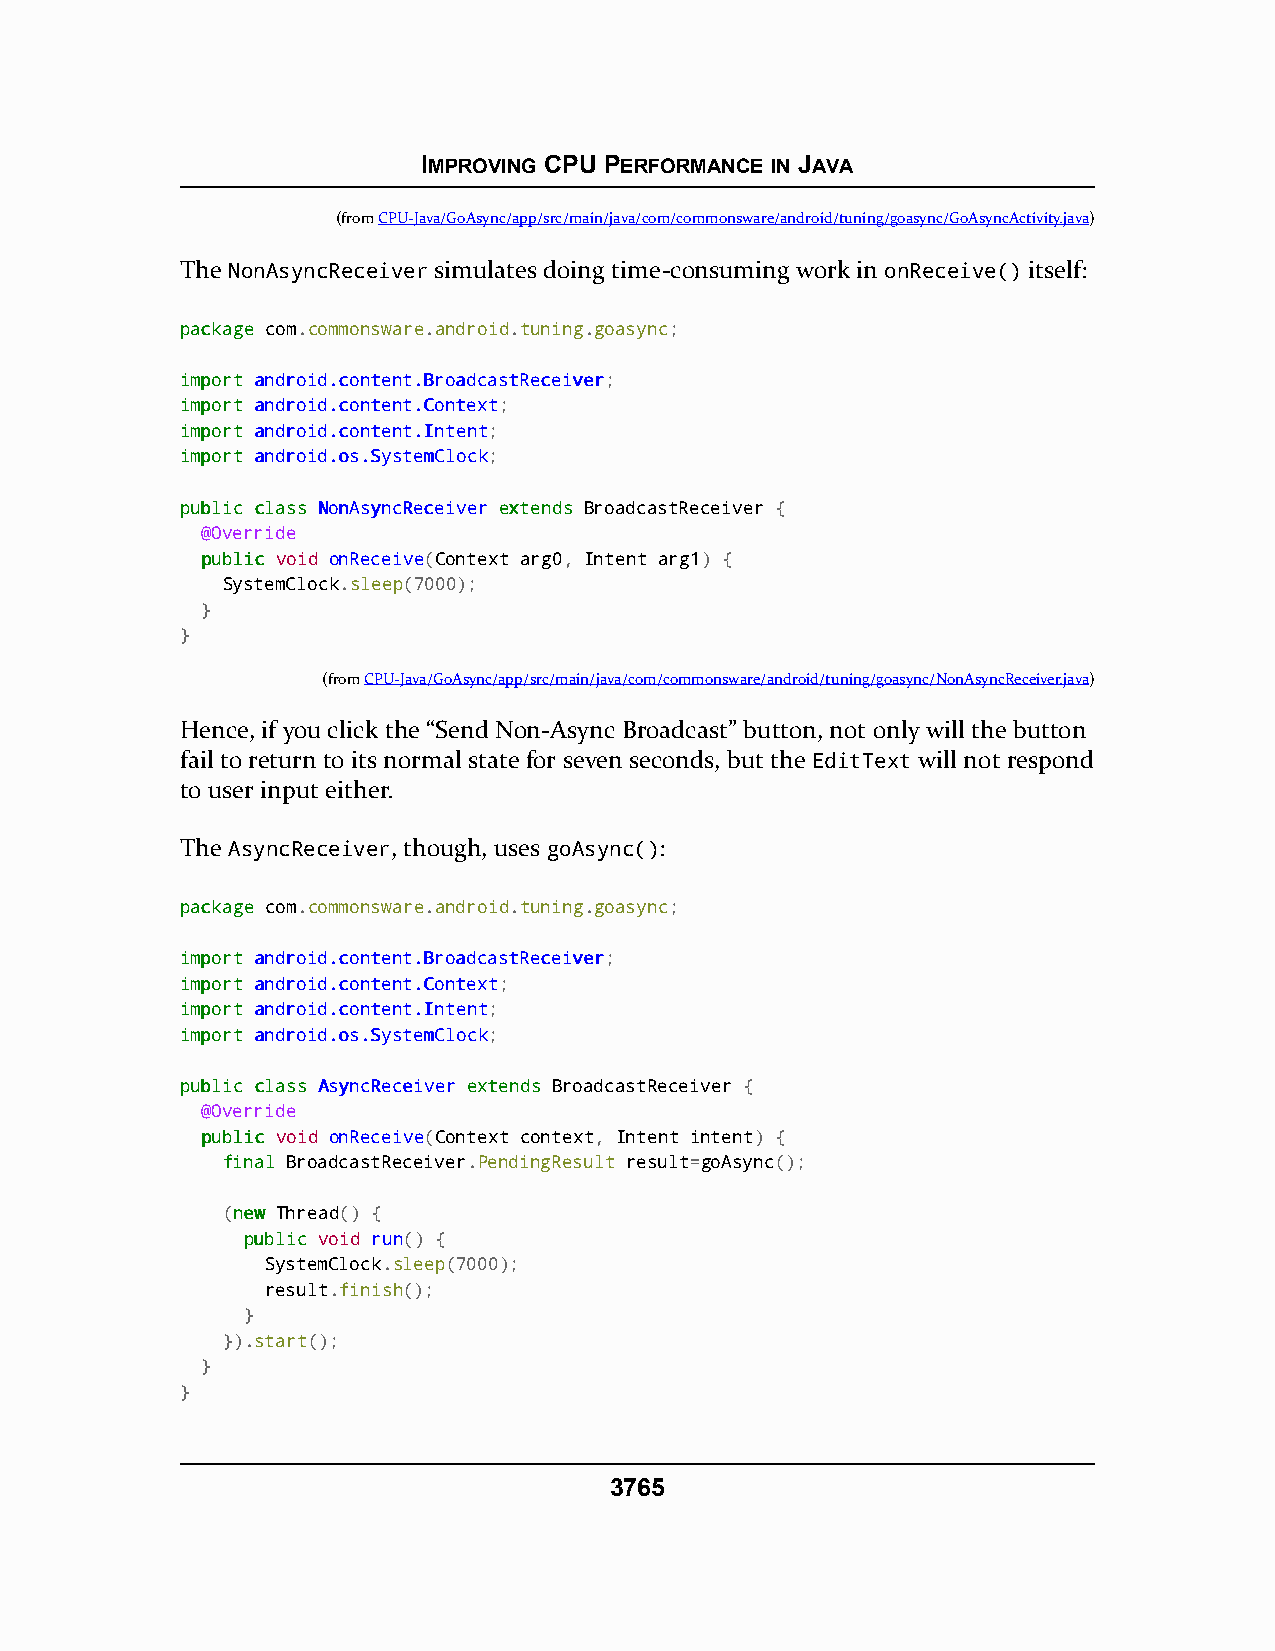
IMPROVING CPU PERFORMANCE IN JAVA
 (fromCPU-Java/GoAsync/app/src/main/java/com/commonsware/android/tuning/goasync/GoAsyncActivity.java)
 The NonAsyncReceiver simulates doing time-consuming work in onReceive() itself:
 ppaacckkaaggee com.commonsware.android.tuning.goasync;
 iimmppoorrtt aannddrrooiidd..ccoonntteenntt..BBrrooaaddccaassttRReecceeiivveerr;
 iimmppoorrtt aannddrrooiidd..ccoonntteenntt..CCoonntteexxtt;
 iimmppoorrtt aannddrrooiidd..ccoonntteenntt..IInntteenntt;
 iimmppoorrtt aannddrrooiidd..ooss..SSyysstteemmCClloocckk;
 ppuubblliicc ccllaassss NNoonnAAssyynnccRReecceeiivveerr eexxtteennddss BroadcastReceiver {
 @Override
 ppuubblliicc void onReceive(Context arg0, Intent arg1) {
 SystemClock.sleep(7000);
 }
 }
 (fromCPU-Java/GoAsync/app/src/main/java/com/commonsware/android/tuning/goasync/NonAsyncReceiver.java)
 Hence, if you click the “Send Non-Async Broadcast” button, not only will the button
 fail to return to its normal state for seven seconds, but the EditText will not respond
 to user input either.
 The AsyncReceiver, though, uses goAsync():
 ppaacckkaaggee com.commonsware.android.tuning.goasync;
 iimmppoorrtt aannddrrooiidd..ccoonntteenntt..BBrrooaaddccaassttRReecceeiivveerr;
 iimmppoorrtt aannddrrooiidd..ccoonntteenntt..CCoonntteexxtt;
 iimmppoorrtt aannddrrooiidd..ccoonntteenntt..IInntteenntt;
 iimmppoorrtt aannddrrooiidd..ooss..SSyysstteemmCClloocckk;
 ppuubblliicc ccllaassss AAssyynnccRReecceeiivveerr eexxtteennddss BroadcastReceiver {
 @Override
 ppuubblliicc void onReceive(Context context, Intent intent) {
 ffiinnaall BroadcastReceiver.PendingResult result=goAsync();
 (nneeww Thread() {
 ppuubblliicc void run() {
 SystemClock.sleep(7000);
 result.finish();
 }
 }).start();
 }
 }
 3765